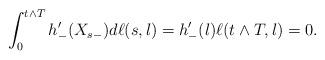
LaTeX: \begin{align*}\int_0^{t\wedge T}h'_-(X_{s-})d\ell(s,l)=h'_-(l)\ell(t\wedge T,l)=0.\end{align*}